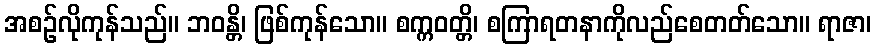
အစဉ်လိုကုန်သည်။ ဘဝန္တိ၊ ဖြစ်ကုန်သော။ စက္ကဝတ္တိ၊ စကြာရတနာကိုလည်စေတတ်သော။ ရာဇာ၊